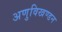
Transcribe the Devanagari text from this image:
अणुविखण्डन